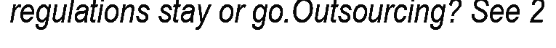
regulations stay or go.Outsourcing? See 2